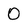
Character: 0